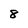
Character: 8